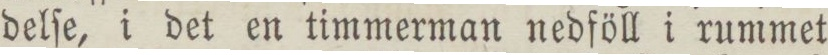
delſe, i det en timmerman nedföll i rummet